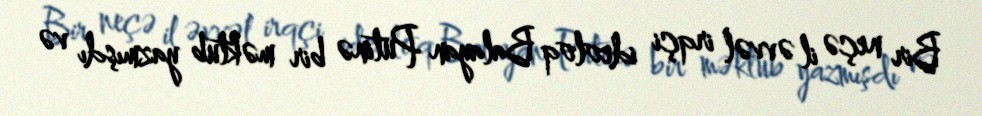
Bir neçə il əvvəl irqçi ideoloq Balayan Putinə bir məktub yazmışdı və